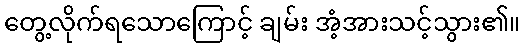
တွေ့လိုက်ရသောကြောင့် ချမ်း အံ့အားသင့်သွား၏။